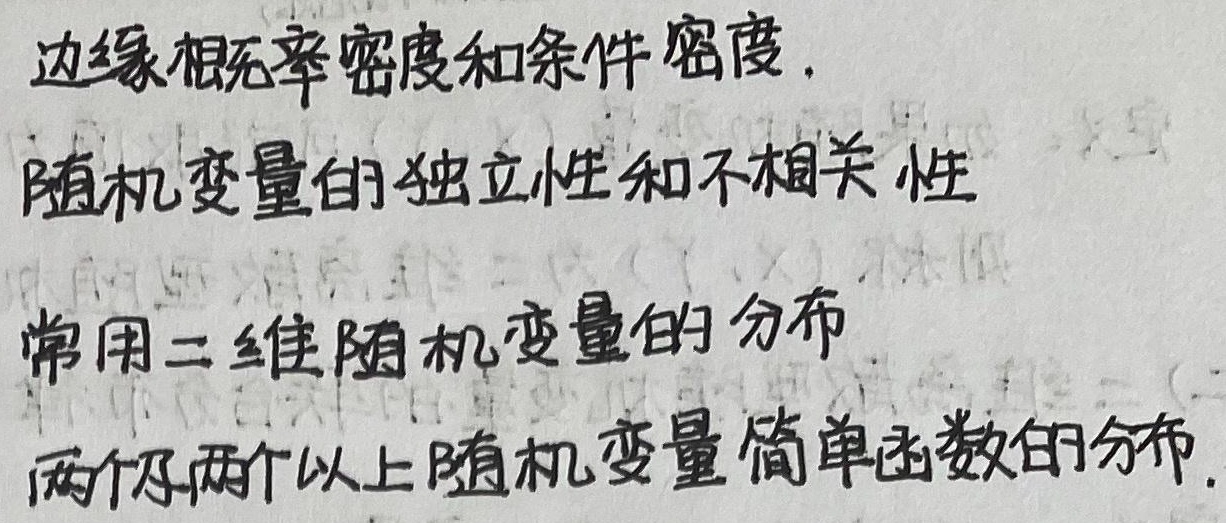
边缘概率密度和条件密度，以及随机变量的独立性和不相关性，常用于研究二维随机变量的分布，还有两个及两个以上随机变量简单函数的分布。